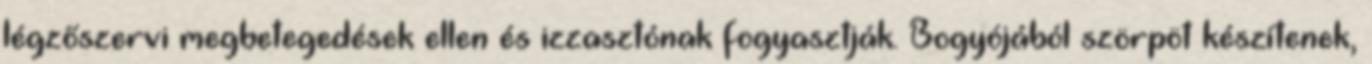
légzőszervi megbetegedések ellen és izzasztónak fogyasztják. Bogyójából szörpöt készítenek,